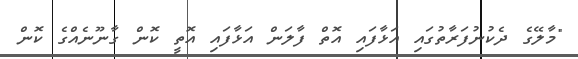
"މާލޭގެ ދެކުނުފަރާތުގައި އަޅާފައި އޮތް ފާލަން އަޅާފައި އޮތީ ކޮން ގާނޫނެއްގެ ކޮން